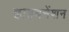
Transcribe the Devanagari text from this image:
हाइबनेंशन